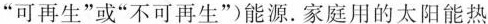
”可再生”或”不可再生”能源。家庭用的太阳能热